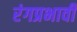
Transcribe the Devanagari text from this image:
रंगप्रभावी